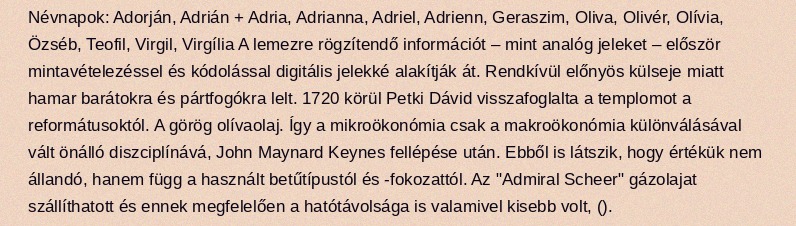
Névnapok: Adorján, Adrián + Adria, Adrianna, Adriel, Adrienn, Geraszim, Oliva, Olivér, Olívia, Özséb, Teofil, Virgil, Virgília A lemezre rögzítendő információt – mint analóg jeleket – először mintavételezéssel és kódolással digitális jelekké alakítják át. Rendkívül előnyös külseje miatt hamar barátokra és pártfogókra lelt. 1720 körül Petki Dávid visszafoglalta a templomot a reformátusoktól. A görög olívaolaj. Így a mikroökonómia csak a makroökonómia különválásával vált önálló diszciplínává, John Maynard Keynes fellépése után. Ebből is látszik, hogy értékük nem állandó, hanem függ a használt betűtípustól és -fokozattól. Az "Admiral Scheer" gázolajat szállíthatott és ennek megfelelően a hatótávolsága is valamivel kisebb volt, ().